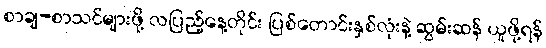
စာချ-စာသင်များဖို့ လပြည့်နေ့တိုင်း ပြစ်တောင်းနှစ်လုံးနဲ့ ဆွမ်းဆန် ယူဖို့ရန်